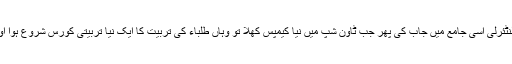
سنہ ۱۹۹۴ کو درس نظامی سے فارغ ہونے کے بعد ۶ ماہ بطور لیکچرر والنٹئرلی اُسی جامع میں جاب کی پھر جب ٹاوٗن شپ میں نیا کیمپس کھلا تو وہاں طلباء کی تربیت کا ایک نیا تربیتی کورس شروع ہوا اور اُس کورس کیلیئے بطور ڈائریکٹر ۳ ماہ رضاکارانہ فرا ئض انجام د ئیے ۔